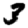
Digit: 3